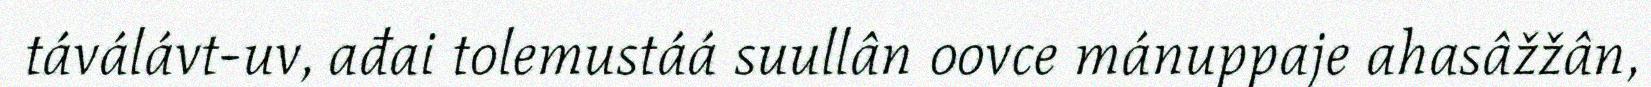
táválávt-uv, ađai tolemustáá suullân oovce mánuppaje ahasâžžân,